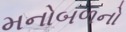
મનોબળનો